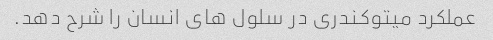
عملکرد میتوکندری در سلول های انسان را شرح دهد.